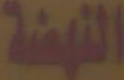
النهضة